King Institute of Preventive Medicine Bacteriolog. Section reports 1907-08
Year: 1907
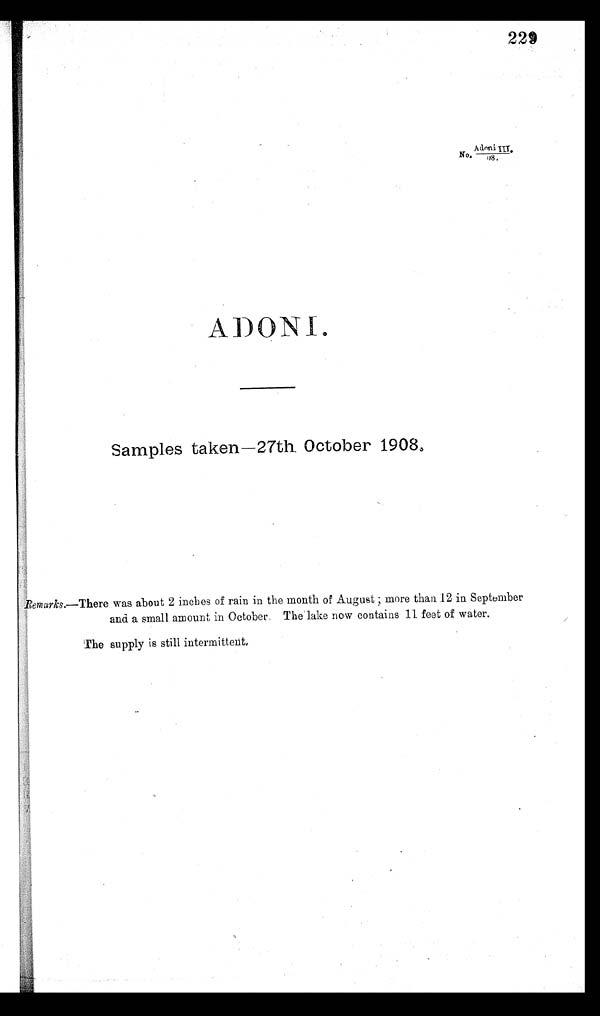
229
No.
Adoni . I I I 0 8 .
ADONI.
Samples taken—27th October 1908.
Remarks..—There was about 2 inches of rain in the month of August ; more than. 12 in September
and a small amount in October. The lake new contains 11 feet of water.
The supply is still intermittent.